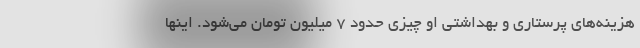
هزینه‌های پرستاری و بهداشتی او چیزی حدود ۷ میلیون تومان می‌شود. اینها